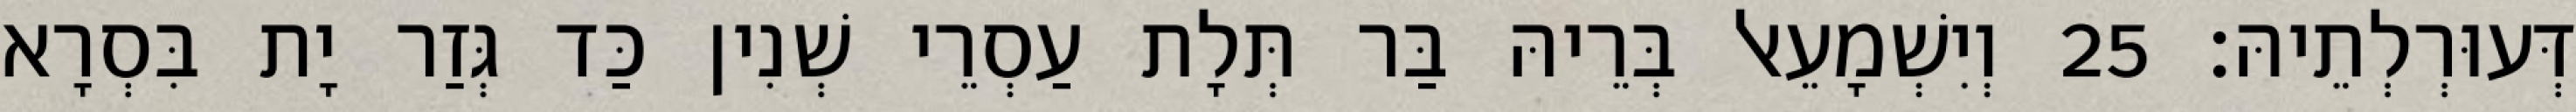
דְּעוּרְלְתֵיהּ׃ 25 וְיִשְׁמָעֵאל בְּרֵיהּ בַּר תְּלָת עַסְרֵי שְׁנִין כַּד גְּזַר יָת בִּסְרָא